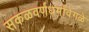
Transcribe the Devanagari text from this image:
सकळवर्णधर्मांवेगळे